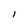
Character: l